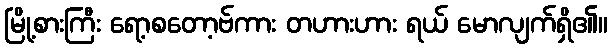
မြို့စားကြီး ရော့စတော့ဗ်ကား တဟားဟား ရယ် မောလျက်ရှိ၏။